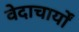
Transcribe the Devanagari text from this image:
वेदाचार्यों